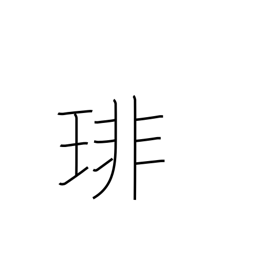
Meaning: string of many pearls